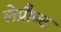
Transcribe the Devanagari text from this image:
लेप्रौल्ट